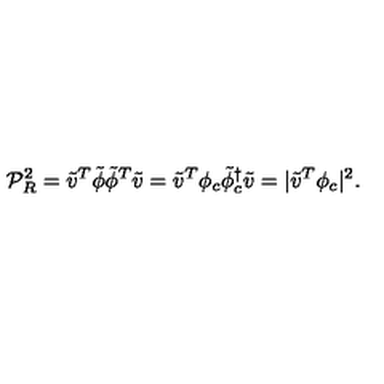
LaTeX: { \cal P } _ { R } ^ { 2 } = { \tilde { v } } ^ { T } { \tilde { \phi } } { \tilde { \phi } } ^ { T } { \tilde { v } } = { \tilde { v } } ^ { T } { \phi } _ { c } { \tilde { \phi } } _ { c } ^ { \dagger } { \tilde { v } } = | { \tilde { v } } ^ { T } { \phi } _ { c } | ^ { 2 } .